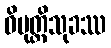
ဝိမုတ္တိသုခဿ